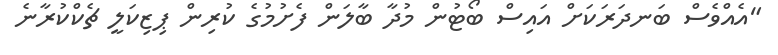
"އެއްވެސް ބަނދަރަކަށް އައިސް ބޯޓުން މުދާ ބާލަން ފެށުމުގެ ކުރިން ޕިޒިކަލީ ޗެކްކުރާނެ